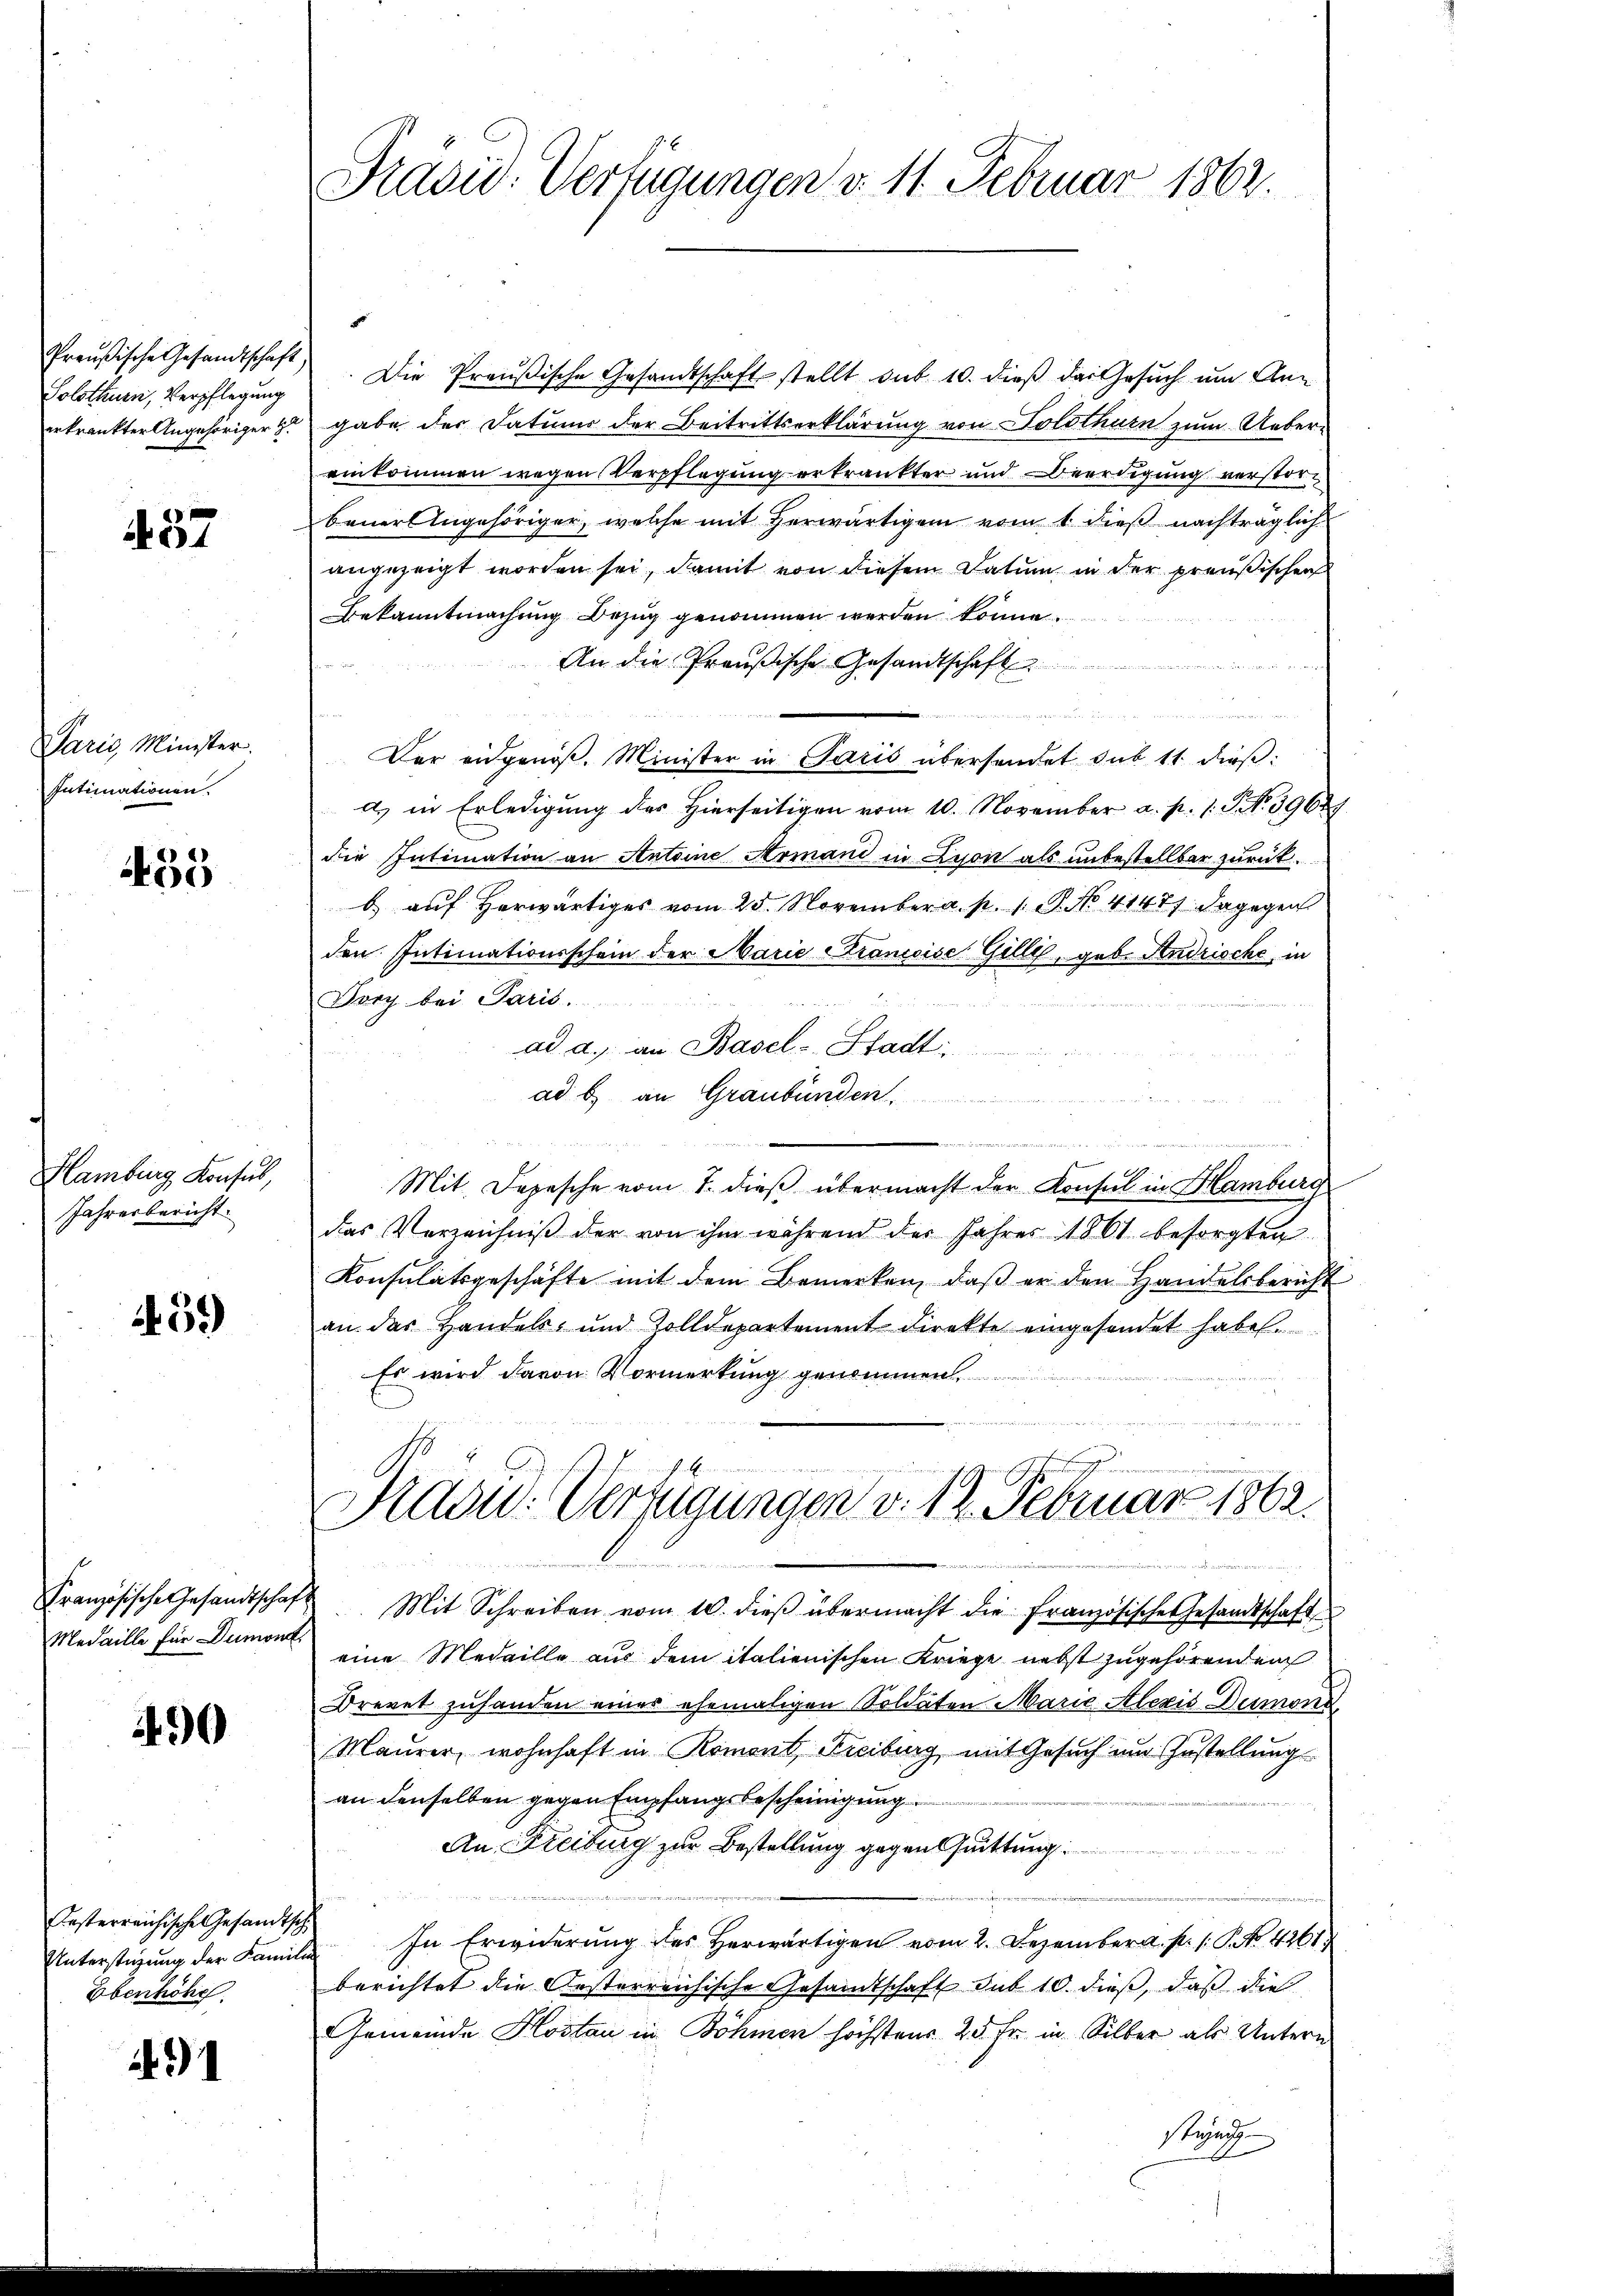
Preußische Gesandtschaft
Solothurn, Verpflegung
erkrankter Angehöriger z.

457

Paris Minister.
Intimationen.

455

Hamburg, Konsul,
Jahresbericht.

459)

Französischer Gesandtschaf
Medaille für Dumont.

490

Oesterreichische Gesandtsch
Unterstüzung der Famili
Ebenhöhe.

. 31

Präsid. Verfügungen d. 11. Februar 1862.

Die Preußische Gesandtschaft stellt sub 10. dieß das Gesuch um Angabe der Datums der Beitrittserklärung von Solothurn zum Ueber-
einkommen wegen Verpflegung erkränkter und Beerdigung verstorbauerlingehöriger, welche mit herwärtigem vom 1. dieß nachträglich
angezeigt worden sei, damit von diesem Datum in der preußischen
Bekanntmachung Bezug genommen werden könne.
An die Preußische Gesandtschaft
2
wischen unter der beiden den
Der eidgenöß. Minister in Paris übersendet sub 11 dieß:
a.) in Erledigung des hierseitigen vom 10. November a. p. 1. NNo. 39624
die Intimation an Antoine Armand in Lyon als unbestellter zurückb.) auf herwärtiges vom 25. November a. p. 1. P. No. 41471. dagegen
den Intimationsschein der Marie Krancoises Gillis, geb. Andrische, in
Forch bei Paris.
ad a. an Basel-Stadt:
a
ad b) an Graubünden.
und
.
e
s
Mit. Depesche vom 1. dieß übermacht der Konsul in Hamburg
das Verzeichniß der von ihm während der Jahres 1861 besorgten
Konsulatsgeschäfte mit dem Bemerken, daβ er den Handelsbericht
an das Handels- und Zolldepartement direkte eingesendet habe.
Es wird davon Vormerkung genommen.
 interes
Ravid: Verfügungen v. 12. Februar 1862.

in einer und da ei der St
 Mit Schreiben vom 10. dieβ übermacht die französische Gesandtschaft
eine Medaille aus dem italienischen Kriege nebst zugehörenden
Drevet zuhanden eines ehemaligen Soldaten Marie Alexis Dumond
Maurer, wohnhaft in Romont, Freiburg mit Gesuch um Zustellung
an denselben gegen Empfangsbescheinigung
An Freiburg zur Bestellung gegensuittung.

 In Erwiderung des herwärtigen vom 2. Dezember a. p. P. Nr. 4261.
berichtet die Oesterreichische Gesandtschaft sub 10. dieß, daß die
Gemeinde Hostan in Böhmen höchstens 25 Fr. in Silber als Untern
stünd